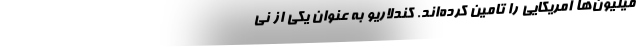
میلیون‌ها آمریکایی را تامین کرده‌اند. کندلاریو به عنوان یکی از نی